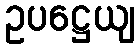
ဥပဋ္ဌေယျ